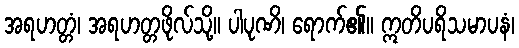
အရဟတ္တံ၊ အရဟတ္တဖိုလ်သို့။ ပါပုဏိ၊ ရောက်၏။ ဣတိပရိသမာပနံ၊